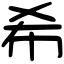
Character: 希